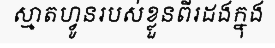
ស្មាតហ្វូនរបស់ខ្លួនពីរដងក្នុង